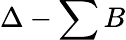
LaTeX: \Delta-\sum B